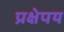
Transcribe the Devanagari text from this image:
प्रक्षेपय